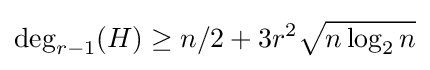
\deg _{r-1}(H)\geq n/2+3r^{2}{\sqrt {n\log _{2}n}}